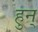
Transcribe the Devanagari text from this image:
हुन्